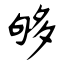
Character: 够